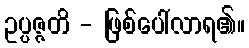
ဥပ္ပဇ္ဇတိ - ဖြစ်ပေါ်လာရ၏။